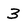
Character: 3